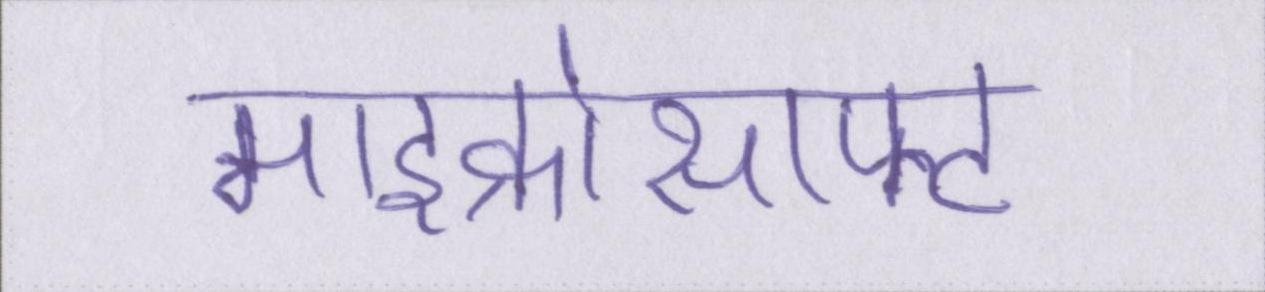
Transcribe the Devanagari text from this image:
माइक्रोसाफ्ट